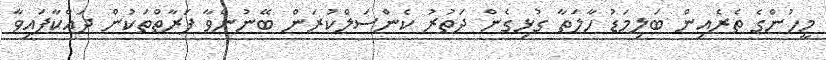
މީހުންގެ ތެރެއިން ބަލިމަޑު ހާލަތާ ގުޅިގެން ދަތުރު ކެންސަލްކުރަން ބޭނުންވާ ފަރާތްތަކުން ދައްކާފައިވާ